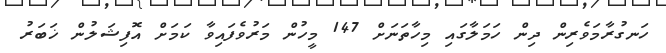
ހަނގުރާމަވެރިން ދިން ހަމަލާގައި މިހާތަނަށް 147 މީހުން މަރުވެފައިވާ ކަަމަށް އޮފިޝަލުން ޚަބަރު